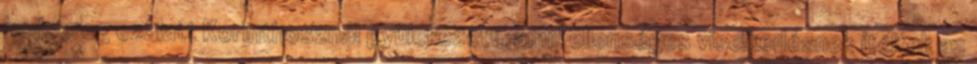
hadsereg ezalatt Korinthosznál gyülekezett, amit ellenséges viselkedésnek ítéltek az